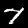
Label: 7